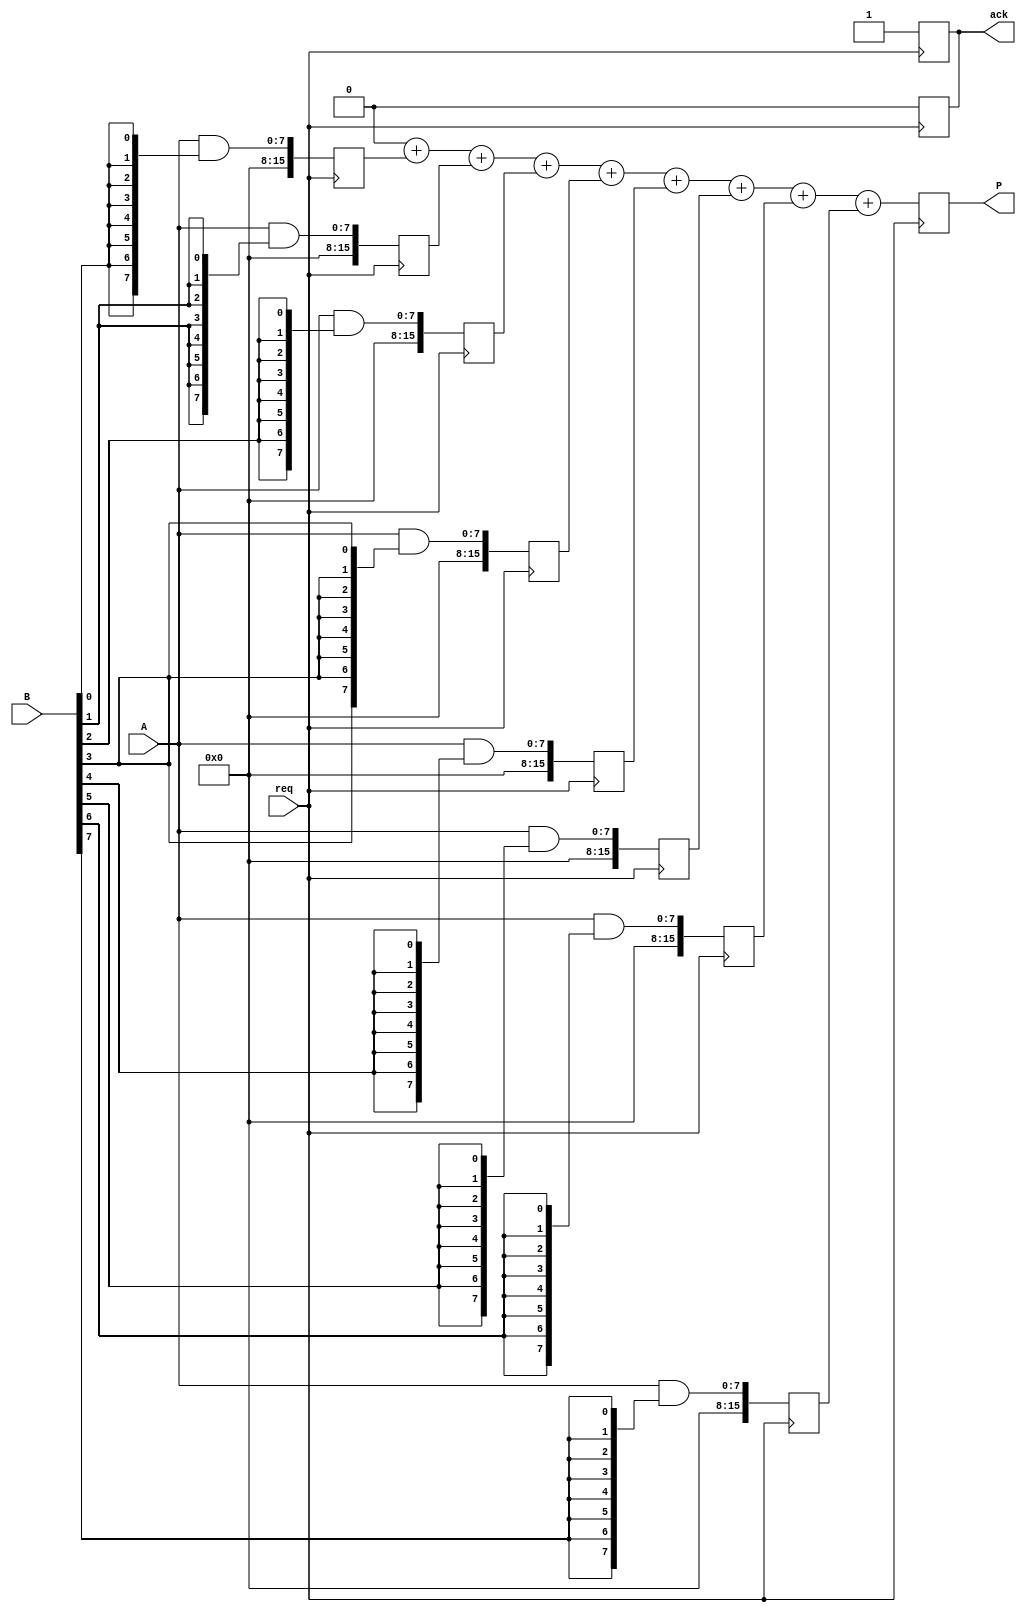
module async_wallace_tree_multiplier #(
    parameter A_WIDTH = 8, // Width of operand A
    parameter B_WIDTH = 8  // Width of operand B
)(
    input  wire [A_WIDTH-1:0] A, // Operand A
    input  wire [B_WIDTH-1:0] B, // Operand B
    input  wire req,              // Request signal
    output reg [A_WIDTH+B_WIDTH-1:0] P, // Product output
    output reg ack               // Acknowledge signal
);

    // Internal signals
    wire [A_WIDTH-1:0] partial_products[B_WIDTH-1:0];
    reg [A_WIDTH+B_WIDTH-1:0] sum_stage1 [B_WIDTH-1:0];
    reg [A_WIDTH+B_WIDTH-1:0] sum_stage2 [B_WIDTH-1:0];
    reg [A_WIDTH+B_WIDTH-1:0] final_sum;
    
    // Generate partial products
    generate
        genvar i;
        for (i = 0; i < B_WIDTH; i = i + 1) begin : pp_gen
            assign partial_products[i] = A & {A_WIDTH{B[i]}};
        end
    endgenerate

    // Wallace tree reduction stages
    integer j;
    always @(posedge req) begin
        // Stage 1: Sum partial products
        for (j = 0; j < B_WIDTH; j = j + 1) begin
            sum_stage1[j] <= partial_products[j];
        end
        
        // Stage 2: Combine sums (using a simple reduction for demonstration)
        final_sum = 0;
        for (j = 0; j < B_WIDTH; j = j + 1) begin
            final_sum = final_sum + sum_stage1[j];
        end
        
        // Assign final product
        P <= final_sum;
        ack <= 1; // Acknowledge the operation is complete
    end

    // Reset acknowledge signal after some time (for simulation purposes)
    always @(negedge req) begin
        ack <= 0;
    end

endmodule